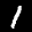
Label: 1